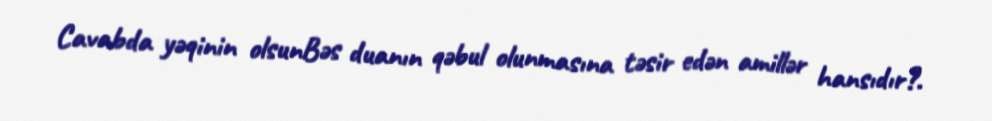
Cavabda yəqinin olsunBəs duanın qəbul olunmasına təsir edən amillər hansıdır?.